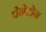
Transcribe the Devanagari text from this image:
पेनेटोन